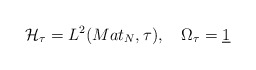
\begin{align*}\mathcal{H}_{\tau }=L^{2}(Mat_{N},\tau ),\quad \Omega _{\tau }=\underline{1}\end{align*}